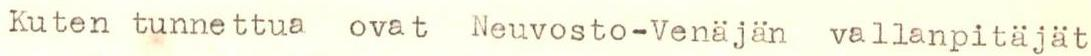
Kuten tunnettua ovat Neuvosto-Venäjän vallanpitäjät